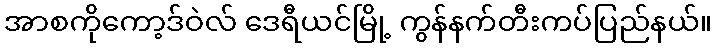
အာစကိုကော့ဒ်ဝဲလ် ဒေရီယင်မြို့ ကွန်နက်တီးကပ်ပြည်နယ်။